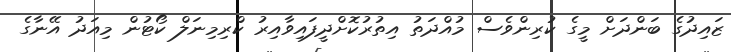
ޒައިދުގެ ބަންދަށް މީގެ ކުރިންވެސް މުއްދަތު އިތުރުކޮށްދީފައިވާއިރު ކްރިމިނަލް ކޯޓުން މިއަދު އޭނާގެ